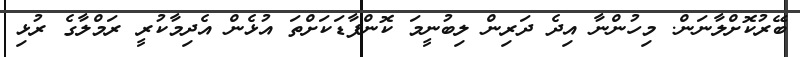
ބޭރުކޮށްލާނަން. މިހުންނާ އިދެ ދަރިން ލިބުނީމަ ކޮންފާޑަކަށްތަ އުޅެން އެދިމާކުރީ ރަމްލާގެ ރުޅި